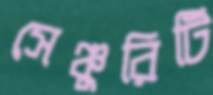
সেঞ্চুরিটি